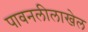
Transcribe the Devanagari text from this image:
पावनलीलाखेल